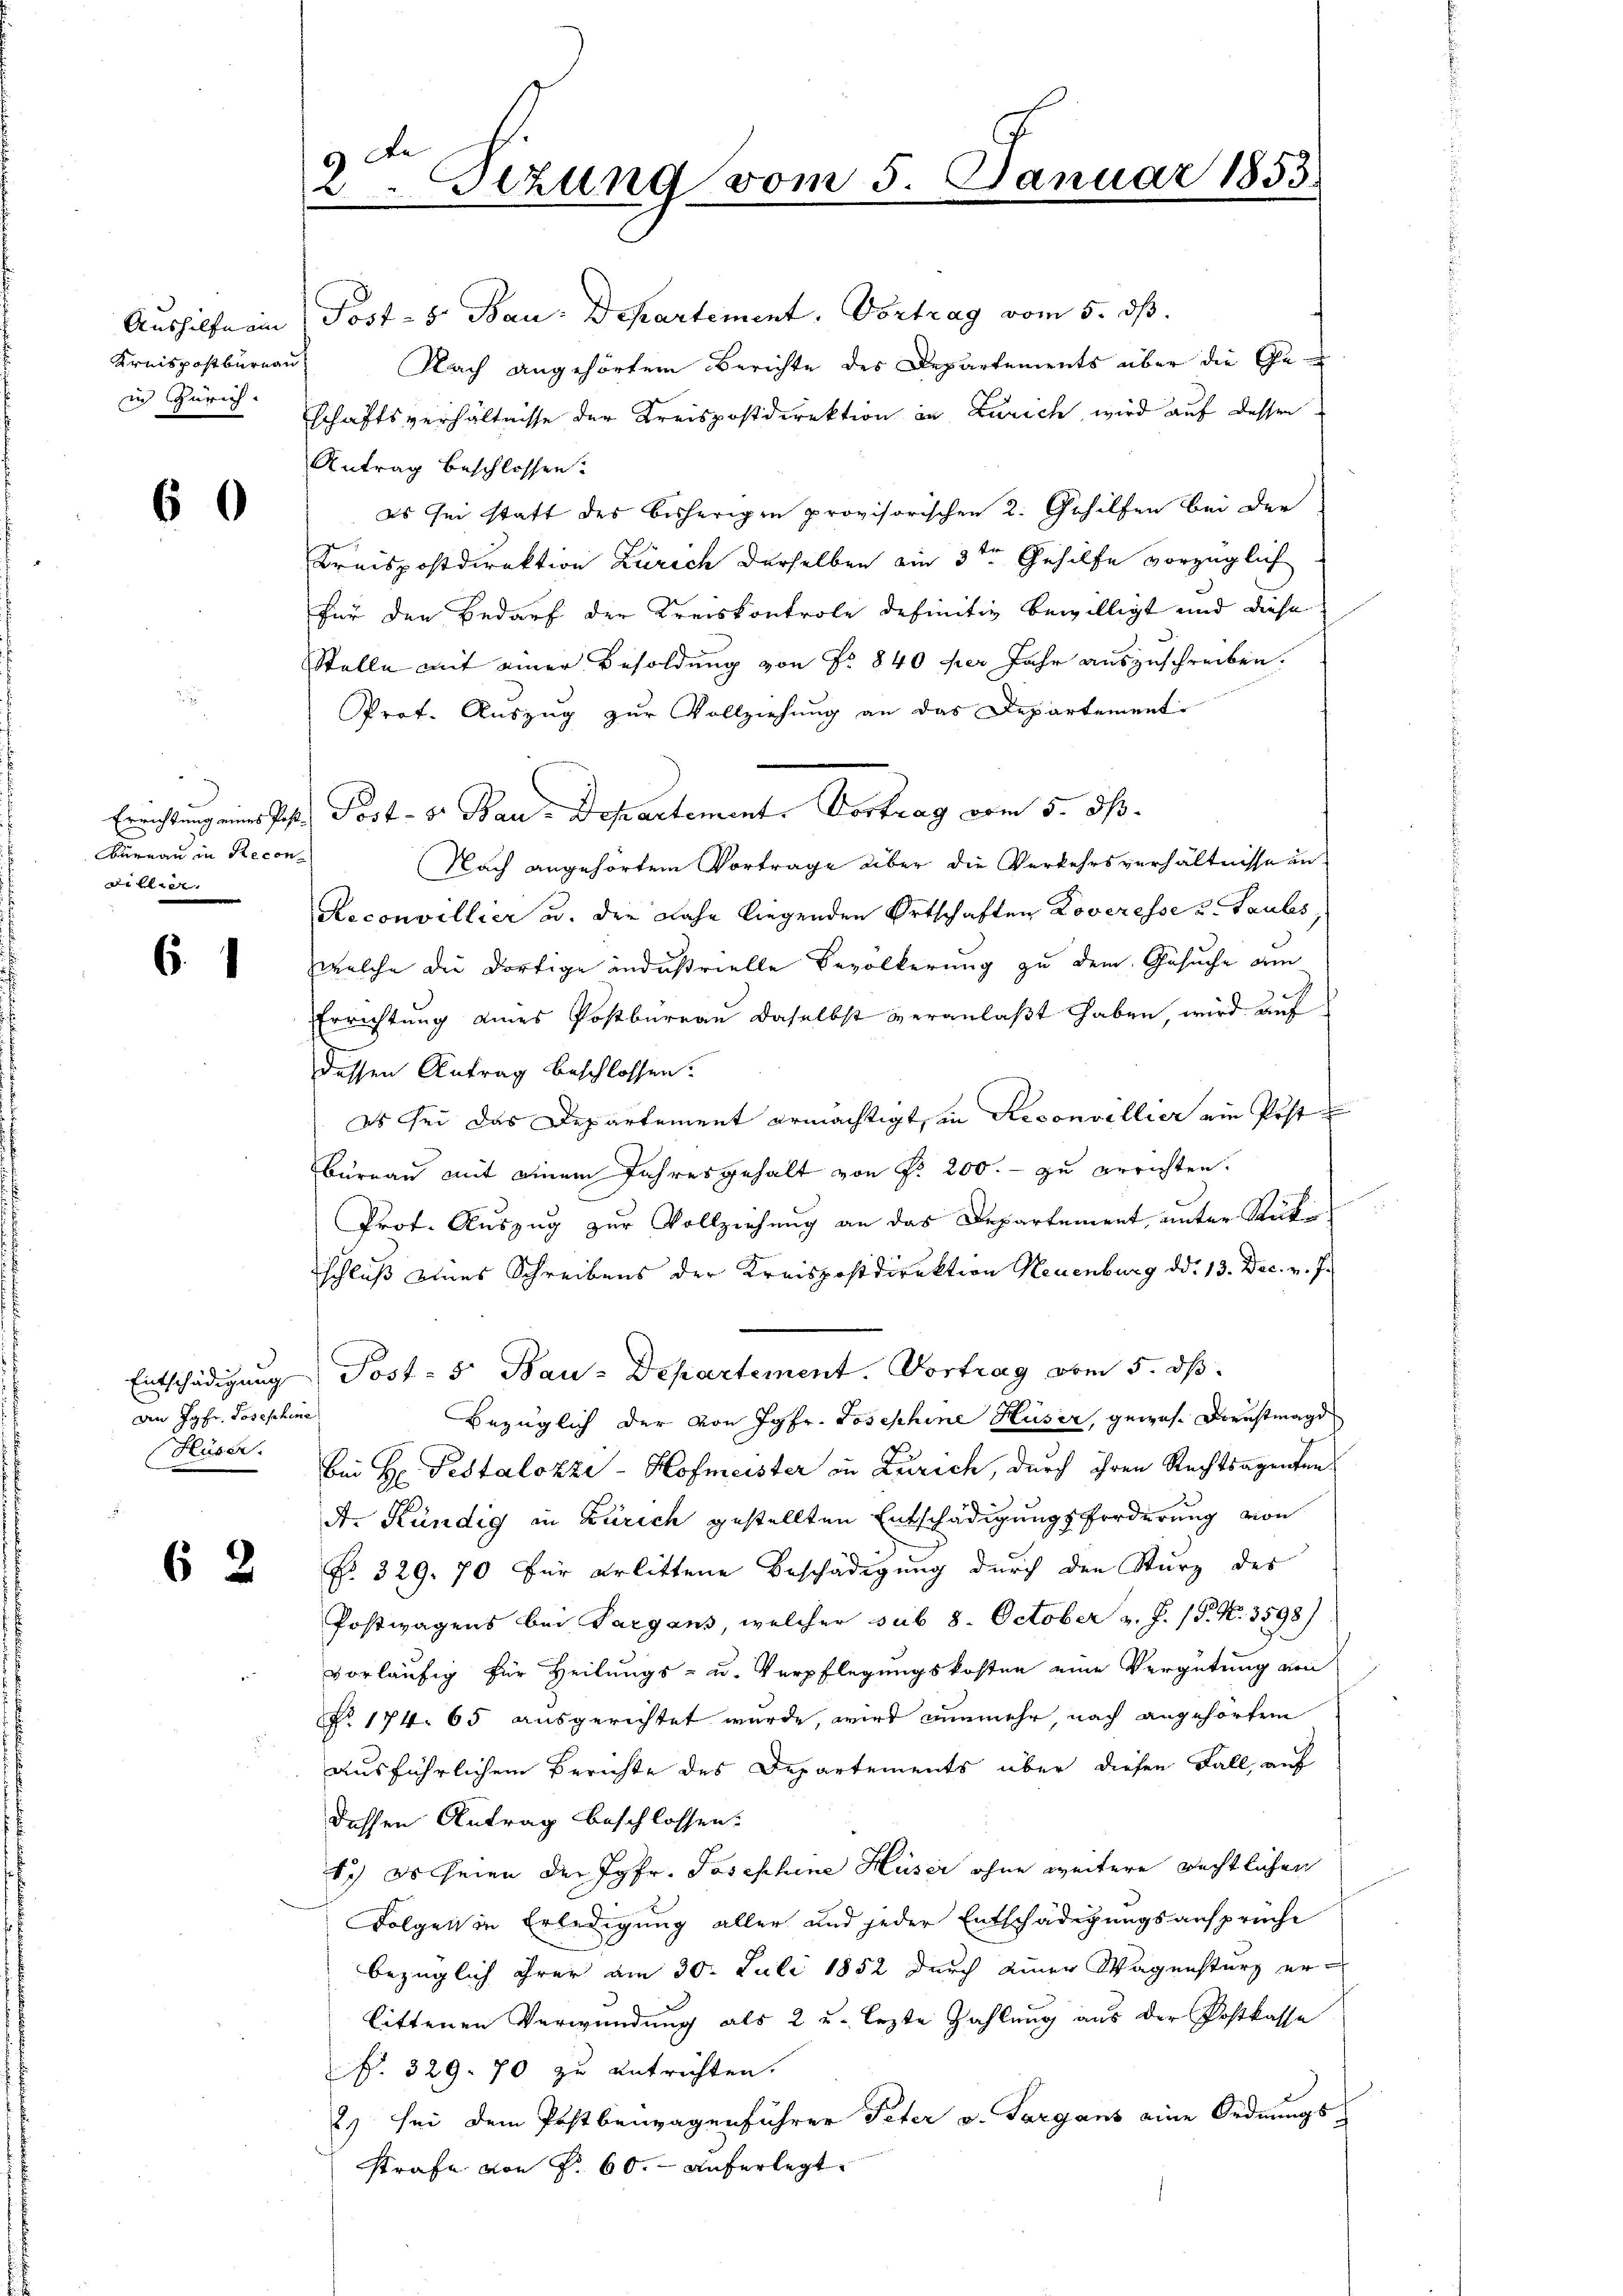
Kreispostbureau
in Zürich.

6

Aushilfe ein Post- 5. Bau-Departement. Vortrag vom 5. dß.
Nach angehörtem Berichte des Departements über die Geschaftsverhältnisse der Kreispostdirektion in Zürich, wird auf dessen
Antrag beschlossen:
es sei statt des bisherigen provisorischen 2. Gehilfen bei der
Kreispostdirektion Zürich derselben am 3ten Gehilfe vorzüglich
für den Bedarf der Kreiskontrole definitiv bewilligt und diese
Stelle mit einer Besoldung von Nr. 840 per Jahr auszuschreiben.
Prof. Auszug zur Vollziehung an das Departement
Errichtung eines Post. Post- 8. Bau-Departement. Vortrag vom 5. ds.
Nach angehörtem Vortrage über die Verkehrsverhältnisse un¬
Reconvillier u. der Nahe liegenden Ortschaften Roveresse u. Taubes
welche die dortige industrielle Bevölkerung zu dem Gesuche am
Errichtung eines Postbureau daselbst veranlaßt haben, wird auf
dessen Antrag beschlossen:
es sei das Departement ermächtigt, in Reconvellier ein Post
Büreau mit einem Jahresgehalt von P. 200. - zu errichten.
Prof. Auszug zur Vollziehung an das Departement, unter Stücke
schluß eines Schreibens der Kreispostdirektion Neuenburg ddo 13. Dec. v. J.
Entschädigung Post- 5 Bau-Departement. Vortrag vom 5. dß.
Bezüglich der von Jgfr. Josephine Huser, gewes. Dreustmagd
bei Hr. Pestalozze-Hofmeister in Zürich, durch ihren Rechtsagenten
A. Kündig in Zürich gestellten Entschädigungsforderung von
No. 329. 70 für erlittene Beschädigung durch den Sturz des
Postwagens bei Sargans, welcher sub 8. October v. J. P. N. 3598)
vorläufig für Heilungs- u. Verpflegungskosten eine Vergütung von
NNo. 174. 65 ausgerichtet wurde, wird nunmehr, nach angehörten
ausführlichem Berichte des Departements über diesen Fall, auf
dessen Antrag beschlossen:
Sch es seien der Jgfr. Josephine Huser ohne weitere rechtlichen
Folgen in Erledigung aller und jeder Entschädigungsansprüche
bezüglich ihrer am 30. Juli 1852 durch einer Wagensturz erlittenen Verwendung als 2 u. lezte Zahlung aus der Postkasse
§. 329. 70 zu entrichten.
2) sei dem Postbenwagenführer Peter v. Sarganz eine Ordnungs-
strafe von P. 60. auferlegt.

bernau in Recon
di alien. |

6.

dn Jgfr. Josephine
Huser.

62

6
e
Stzung vom 5.

Januar 1853.